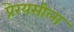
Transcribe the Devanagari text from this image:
प्रेरयसीला